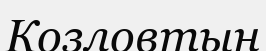
Козловтын